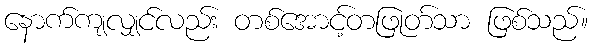
နောက်ကျလျှင်လည်း တစ်အောင့်တဖြုတ်သာ ဖြစ်သည်။